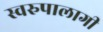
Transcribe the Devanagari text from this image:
स्वरुपालागी